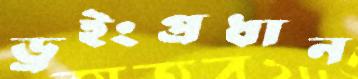
ড্রইংপ্রধান